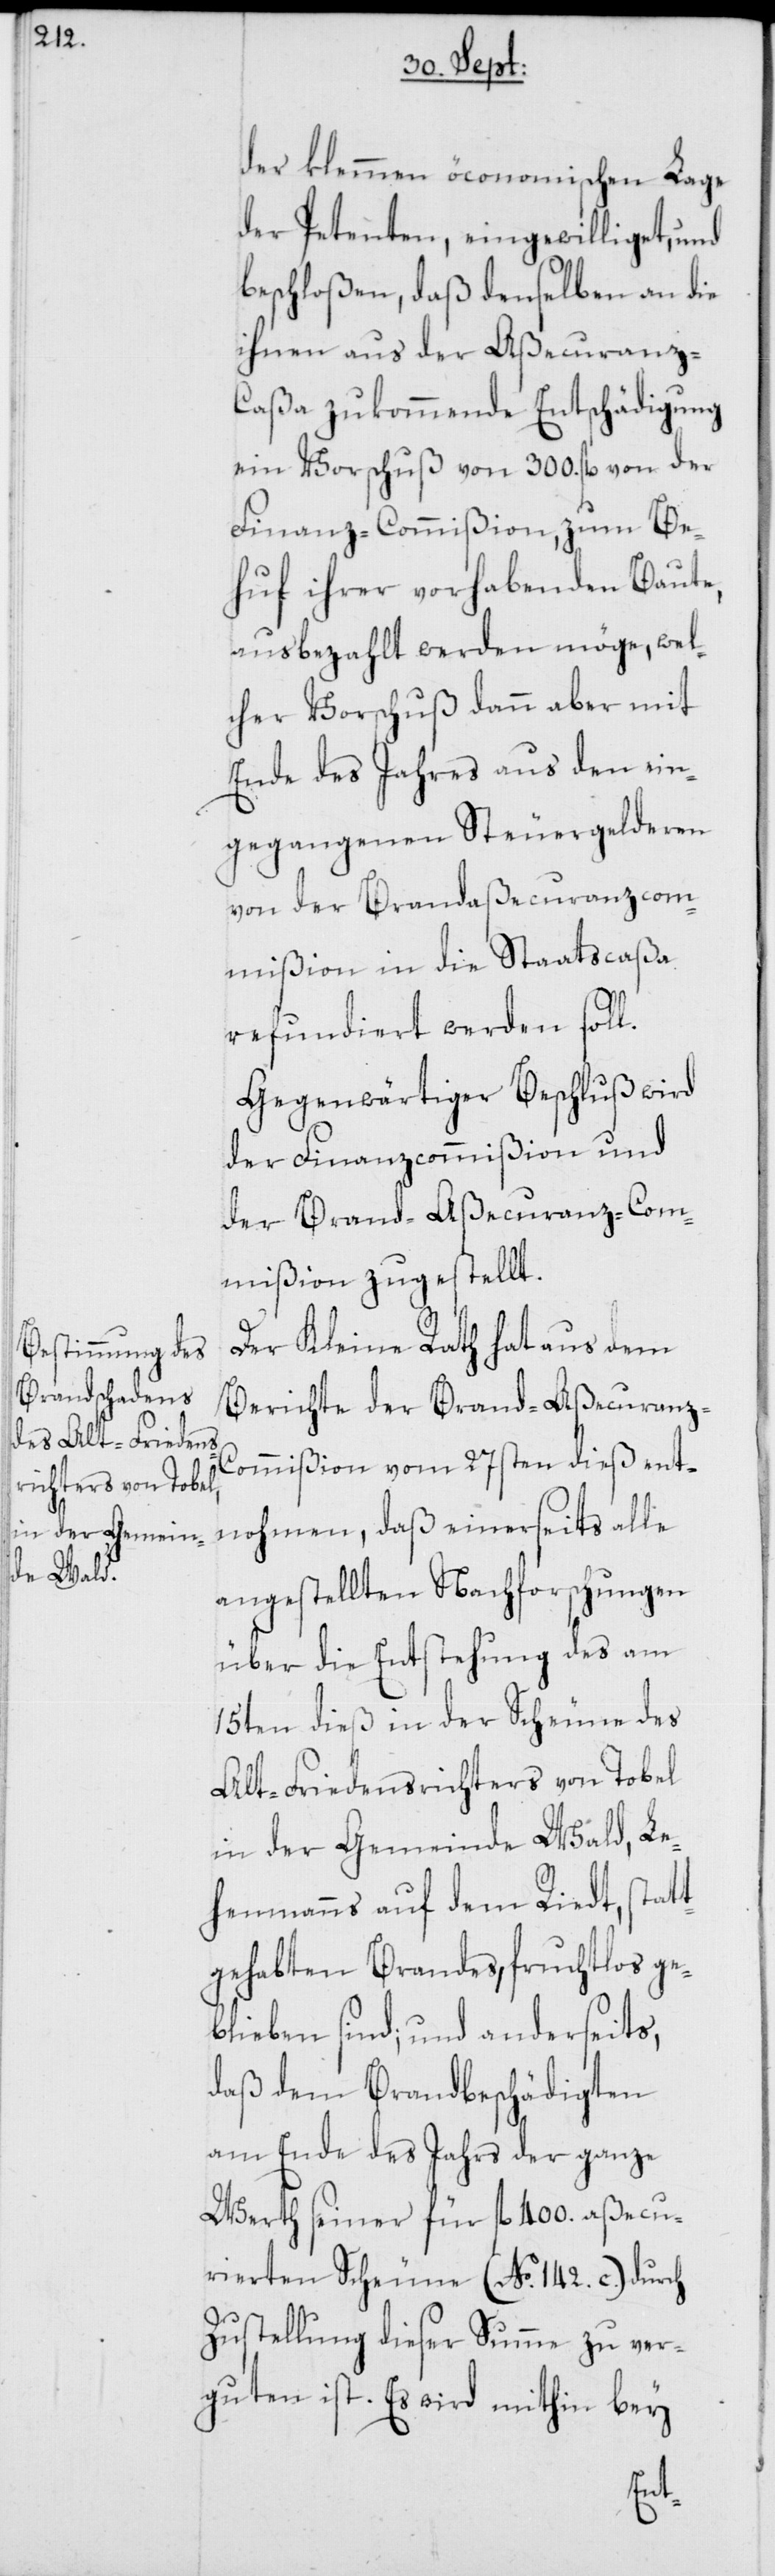
der klemmen öconomischen Lage
der Petenten, eingewilliget, und
beschloßen, daß denselben an die
ihnen aus der Aßecuranz-C¬
aßa zukommende Entschädigung
ein Vorschuß von 300. fl. von der
Finanz-Commißion, zum Be¬
huf ihrer vorhabenden Baute,
ausbezahlt werden möge, wel¬
cher Vorschuß dann aber mit
Ende des Jahres aus den ein¬
gegangenen Steuergelderen
von der Brandaßecuranzcom¬
mißion in die Staatscaßa
refundiert werden soll.
Gegenwärtiger Beschluß wird
der Finanzcommißion und
der Brand-Aßecuranz-Com¬
mißion zugestellt.
Der Kleine Rath hat aus dem
Berichte der Brand-Aßecuranz-C¬
ommißion vom 27sten dieß ent¬
nohmen, daß einerseits alle
angestellten Nachforschungen
über die Entstehung des am
15ten dieß in der Scheune des
Alt-Friedensrichters von Tobel
in der Gemeinde Wald, Le¬
henmanns auf dem Riedt, stat¬
tgehabten Brandes, fruchtlos ge¬
blieben sind; und anderseits,
daß dem Brandbeschädigten
am Ende des Jahrs der ganze
Werth seiner für fl. 400. aßecu¬
rierten Scheune (No. 142. c.) durch
Zustellung dieser Summe zu ver¬
guten ist. Es wird mithin bey